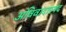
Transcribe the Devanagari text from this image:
अविवादास्पद